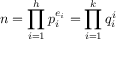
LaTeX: n = \prod _ { i = 1 } ^ { h } p _ { i } ^ { e _ { i } } = \prod _ { i = 1 } ^ { k } q _ { i } ^ { i }